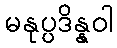
မနုပ္ပဒိန္နဝါ